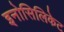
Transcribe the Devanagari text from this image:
इनोसिलिकेट